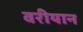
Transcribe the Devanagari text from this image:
वरीयान